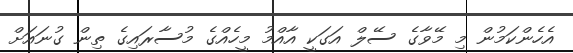
އެހެންކަމުން މި މޭވާގެ ސޭލް އަގަކީ އާއްމު މީހެއްގެ މުސާރައިގެ ތިން ގުނައަށް